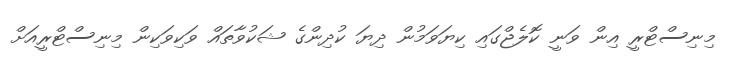
މިނިސްޓްރީ އިން ވަނީ ކޮލެޖްގައި ކިޔަވަމުން ދިޔަ ކުދިންގެ ޝަކުވާތައް ވަކިވަކިން މިނިސްޓްރީއަށް